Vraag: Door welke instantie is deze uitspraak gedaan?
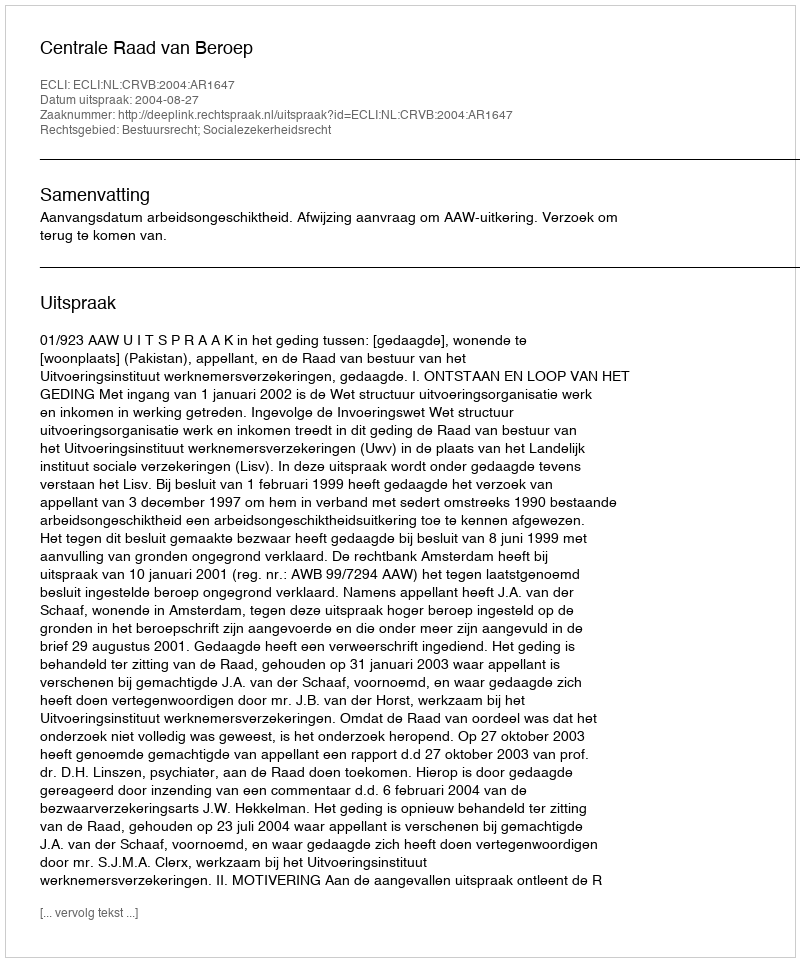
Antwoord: Centrale Raad van Beroep